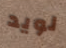
لويد